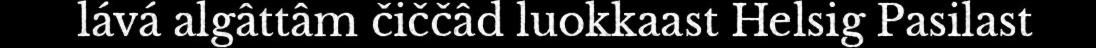
lává algâttâm čiččâd luokkaast Helsig Pasilast